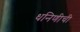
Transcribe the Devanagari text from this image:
धनिणीची